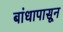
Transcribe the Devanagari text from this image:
बांधापासून